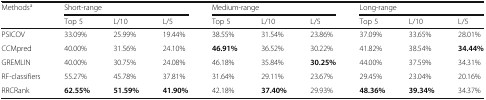
<table><thead><tr><td rowspan="2"><b>Methods<sup>a</sup></b></td><td colspan="3"><b>Short-range</b></td><td colspan="3"><b>Medium-range</b></td><td colspan="3"><b>Long-range</b></td></tr><tr><td><b>Top 5</b></td><td><b>L/10</b></td><td><b>L/5</b></td><td><b>Top 5</b></td><td><b>L/10</b></td><td><b>L/5</b></td><td><b>Top 5</b></td><td><b>L/10</b></td><td><b>L/5</b></td></tr></thead><tbody><tr><td>PSICOV</td><td>33.09%</td><td>25.99%</td><td>19.44%</td><td>38.55%</td><td>31.54%</td><td>23.86%</td><td>37.09%</td><td>33.65%</td><td>28.01%</td></tr><tr><td>CCMpred</td><td>40.00%</td><td>31.56%</td><td>24.10%</td><td><b>46.91%</b></td><td>36.52%</td><td>30.22%</td><td>41.82%</td><td>38.54%</td><td><b>34.44%</b></td></tr><tr><td>GREMLIN</td><td>40.00%</td><td>30.75%</td><td>24.08%</td><td>46.18%</td><td>35.84%</td><td><b>30.25%</b></td><td>44.00%</td><td>37.59%</td><td>34.31%</td></tr><tr><td>RF-classifiers</td><td>55.27%</td><td>45.78%</td><td>37.81%</td><td>31.64%</td><td>29.11%</td><td>23.67%</td><td>29.45%</td><td>23.04%</td><td>20.16%</td></tr><tr><td>RRCRank</td><td><b>62.55%</b></td><td><b>51.59%</b></td><td><b>41.90%</b></td><td>42.18%</td><td><b>37.40%</b></td><td>29.93%</td><td><b>48.36%</b></td><td><b>39.34%</b></td><td>34.37%</td></tr></tbody></table>